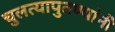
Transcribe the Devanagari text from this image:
चुलत्यापुतण्यांनी